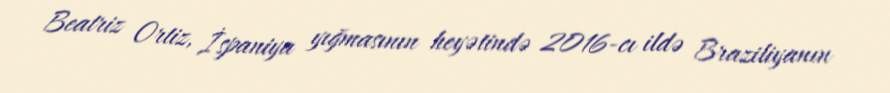
Beatriz Ortiz, İspaniya yığmasının heyətində 2016-cı ildə Braziliyanın